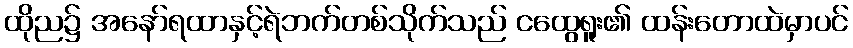
ထိုည၌ အနော်ရထာနှင့်ရဲဘက်တစ်သိုက်သည် ငထွေရူး၏ ထန်းတောထဲမှာပင်